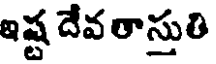
ఇష్ట దేవ తాస్తుతి